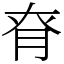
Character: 𦚉